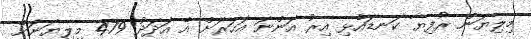
މިލިޔަން ރުފިޔާ ކަނޑައެޅި އިރު އަންނަ އަހަރަށް އެ އަދަދު 479 މިލިޔަނަށް